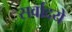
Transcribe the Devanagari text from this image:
सर्वादये